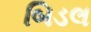
બિડલ